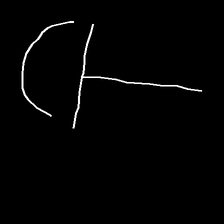
Glyph: dispersion